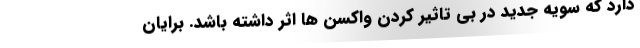
دارد که سویه جدید در بی تاثیر کردن واکسن ها اثر داشته باشد. برایان